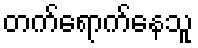
တက်ရောက်နေသူ